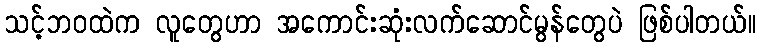
သင့်ဘဝထဲက လူတွေဟာ အကောင်းဆုံးလက်ဆောင်မွန်တွေပဲ ဖြစ်ပါတယ်။